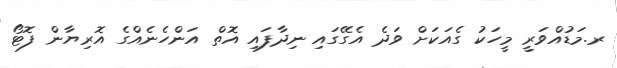
ރ.މަޑުއްވަރީ މީހަކު ގެއަކަށް ވަދެ އެގޭގައި ނިދާފައި އޮތް އަންހެނެއްގެ އޮރިޔާން ފޮޓޯ